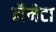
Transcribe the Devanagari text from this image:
लैमेटा